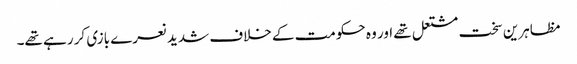
مظاہرین سخت مشتعل تھے اور وہ حکومت کے خلاف شدید نعرے بازی کر رہے تھے۔